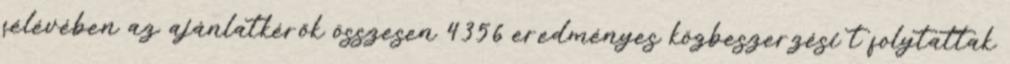
félévében az ajánlatkérők összesen 4356 eredményes közbeszerzési t folytattak